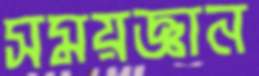
সময়জ্ঞান